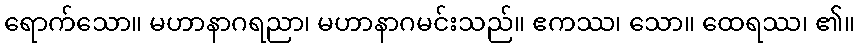
ရောက်သော။ မဟာနာဂရညာ၊ မဟာနာဂမင်းသည်။ ဧကဿ၊ သော။ ထေရဿ၊ ၏။